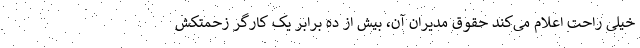
خیلی راحت اعلام می‌کند حقوق مدیران آن، بیش از ده برابر یک کارگر زحمتکش